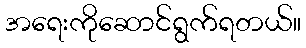
အရေးကိုဆောင်ရွက်ရတယ်။